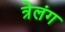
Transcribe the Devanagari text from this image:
त्रेलंग